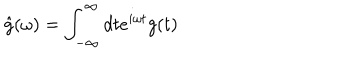
LaTeX: \hat { g } ( \omega ) = \int _ { - \infty } ^ { \infty } d t e ^ { i \omega t } g ( t )